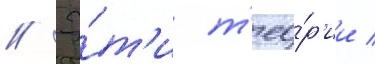
// Э́т'и т'ео́р'ии /